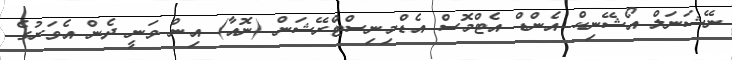
ނޭޝަނަލް އޯޝޭނިކް އެންޑް އެޓްމޮސް އެޑްމިނިސްޓްރޭޝަން (ނޮއާ) އިން ވަނީ ދެން އެވަރުގެ